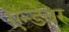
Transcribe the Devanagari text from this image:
एन्डेवर